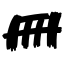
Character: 冊